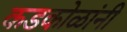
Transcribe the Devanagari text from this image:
कडकोळांनी